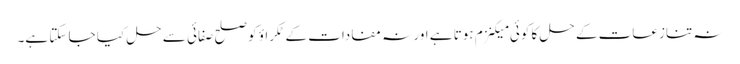
نہ تنازعات کے حل کا کوئی میکنزم ہوتا ہے اور نہ مفادات کے ٹکراؤ کو صلح صفائی سے حل کیا جا سکتا ہے۔